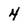
Character: 4